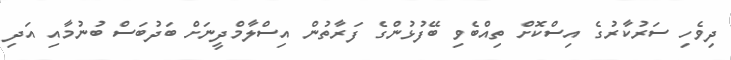
ދިވެހި ސަރުކާރުގެ އިސްކޮށް ތިއްބެވި ބޭފުޅުންގެ ފަރާތުން އިސްލާމްދީނަށް ބަދުބަސް ބުނުމާއި އަދި